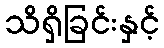
သိရှိခြင်းနှင့်